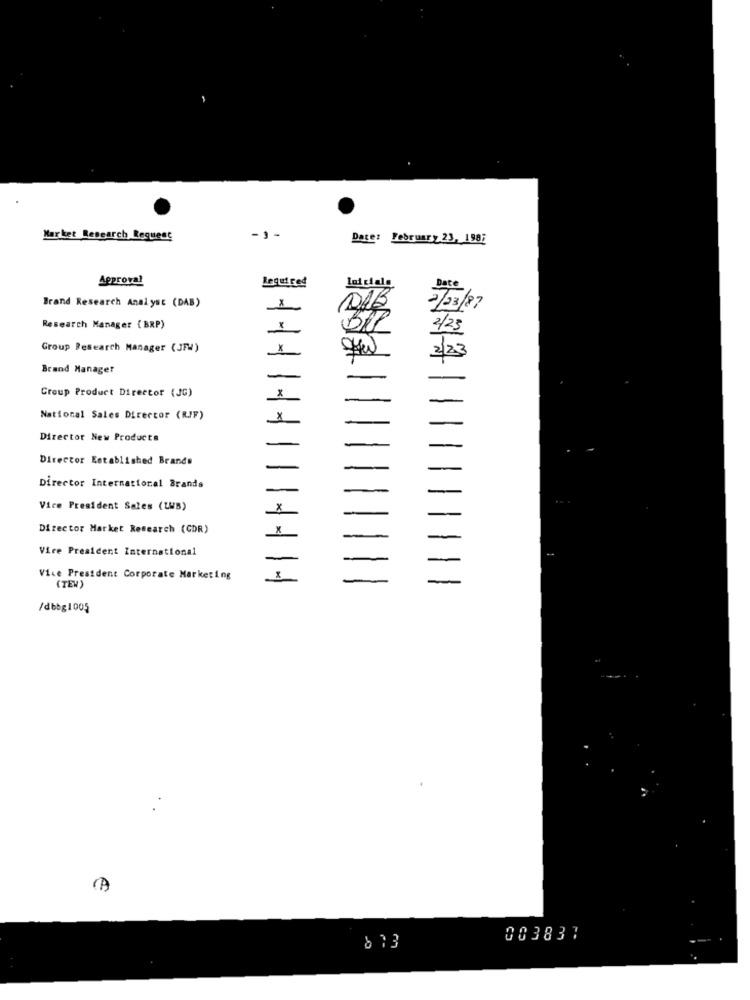
Market Research Request
Date: February 23, 1987
Approval
Required
lui ciale
Date
Brand Research Analyst (DAB)
X
27/03/87
Research Manager {BRP)
B
2/25
Group Research Manager (JFW)
2/23
Brand Manager
-
Group Product Director (JG)
-
National Sales Director (RJF)
Director New Products
Director Established Brands
Director International Brands
Vice President Sales (LWB)
Director Market Research (CDR)
Vice President International
Vice President Corporate Marketing
(TEW)
/dbbg1005
(A
003837
8 13